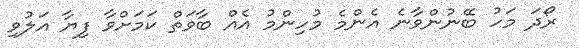
ރޯދަ މަހު ބޭނުންވާނެ އެންމެ މުހިންމު އެއް ބާވަތް ކަމަށްވާ ފިޔާ އަލުވި